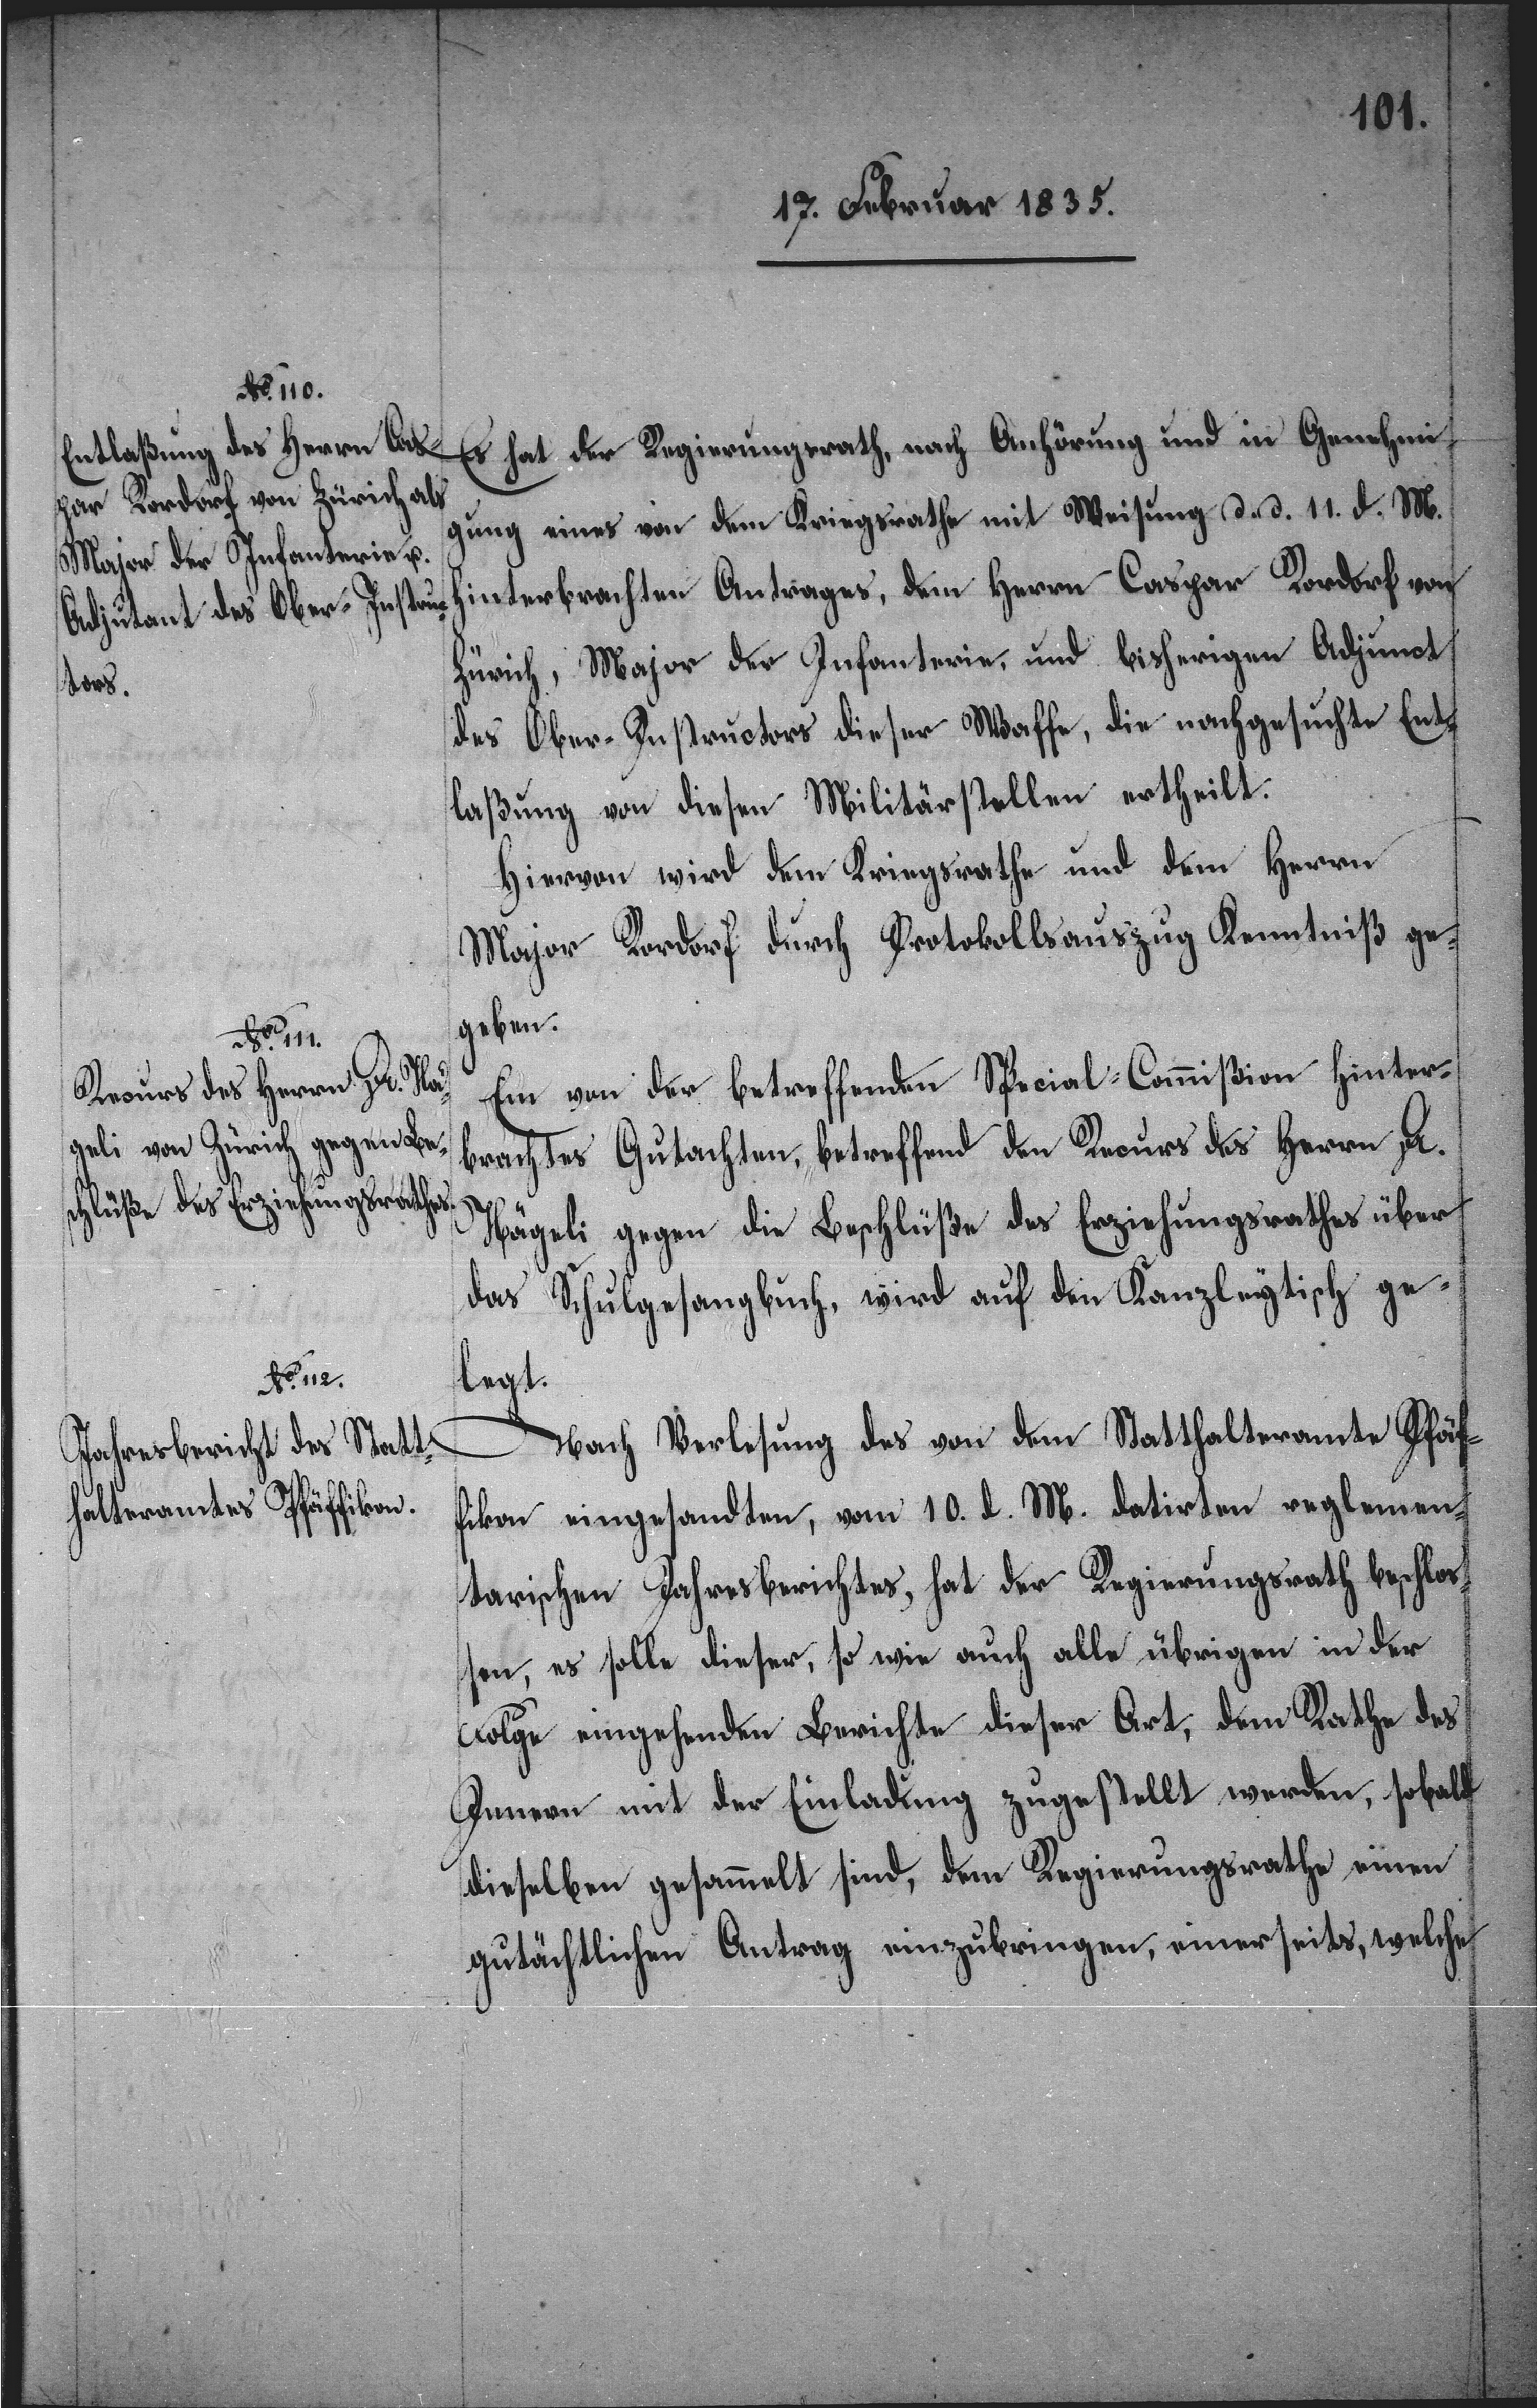
Es hat der Regierungsrath, nach Anhörung und in Genehmi¬
gung eines von dem Kriegsrathe mit Weisung d. d. 11. d. M.
hinterbrachten Antrages, dem Herrn Caspar Rordorf von
Zürich, Major der Infanterie, und bisherigen Adjunct
des Ober-Instructors dieser Waffe, die nachgesuchte Ent¬
laßung von diesen Militärstellen ertheilt.
Hiervon wird dem Kriegsrathe und dem Herrn
Major Rordorf durch Protokollsauszug Kenntniß ge¬
geben.
Ein von der betreffenden Special-Commißion hinter¬
brachtes Gutachten, betreffend den Recurs des Herrn Dr.
Nägeli gegen die Beschlüße des Erziehungsrathes über
das Schulgesangbuch, wird auf den Kanzleytisch ge¬
legt.
Nach Verlesung des von dem Statthalteramte Pfäf¬
fikon eingesandten, vom 10. d. M. datirten reglemen¬
tarischen Jahresberichtes, hat der Regierungsrath beschloß¬
en, es solle dieser, so wie auch alle übrigen in der
Folge eingehenden Berichte dieser Art, dem Rathe des
Innern mit der Einladung zugestellt werden, sobald
dieselben gesammelt sind, dem Regierungsrathe einen
gutächtlichen Antrag einzubringen, einerseits, welche